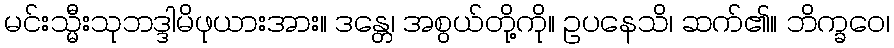
မင်းသ္မီးသုဘဒ္ဒါမိဖုယားအား။ ဒန္တေ၊ အစွယ်တို့ကို။ ဥပနေသိ၊ ဆက်၏။ ဘိက္ခဝေ၊